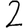
Digit: 2